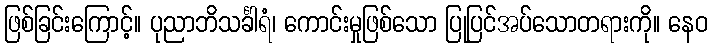
ဖြစ်ခြင်းကြောင့်။ ပုညာဘိသင်္ခါရံ၊ ကောင်းမှုဖြစ်သော ပြုပြင်အပ်သောတရားကို။ နေဝ